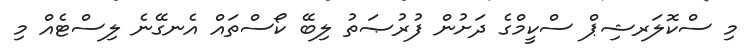
މި ސްކޮލަރޝިޕް ސްކީމްގެ ދަށުން ފުރުޞަތު ލިބޭ ކޯސްތައް އެނގޭނެ ލިސްޓެއް މި